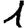
Digit: 1